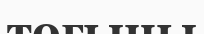
тоғыны